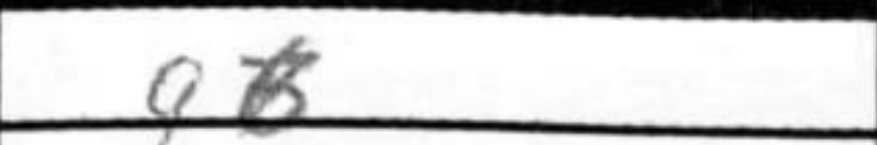
Transcription: g6